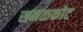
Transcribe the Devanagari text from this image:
समळकोट